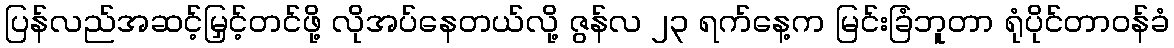
ပြန်လည်အဆင့်မြှင့်တင်ဖို့ လိုအပ်နေတယ်လို့ ဇွန်လ ၂၃ ရက်နေ့က မြင်းခြံဘူတာ ရုံပိုင်တာဝန်ခံ